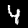
Digit: 4